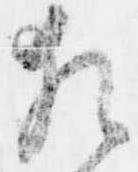
猶